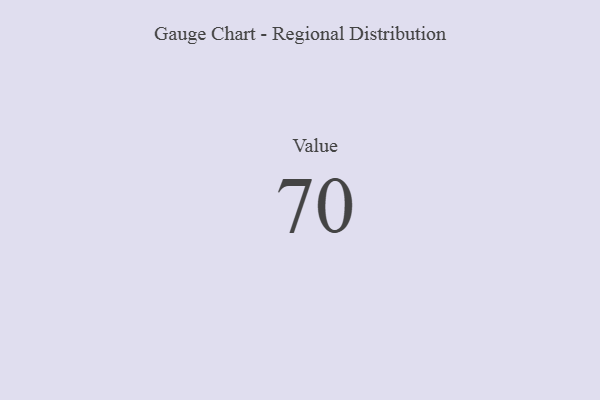
{"axis": {"x": "Metric", "y": "Value"}, "legend": [""], "data": [{"x": "Value", "y": 70, "type": ""}]}